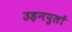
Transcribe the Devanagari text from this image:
उड़नपुलों